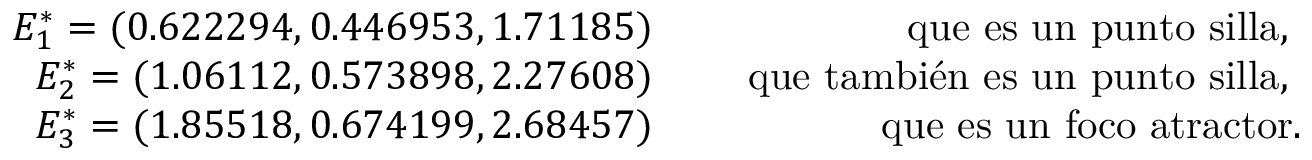
\begin{array} { r l r } { E _ { 1 } ^ { * } = ( 0 . 6 2 2 2 9 4 , 0 . 4 4 6 9 5 3 , 1 . 7 1 1 8 5 ) } & { } & { \mathrm { ~ q u e ~ e s ~ u n ~ p u n t o ~ s i l l a , ~ } } \\ { E _ { 2 } ^ { * } = ( 1 . 0 6 1 1 2 , 0 . 5 7 3 8 9 8 , 2 . 2 7 6 0 8 ) } & { } & { \mathrm { ~ q u e ~ t a m b i é n ~ e s ~ u n ~ p u n t o ~ s i l l a , ~ } } \\ { E _ { 3 } ^ { * } = ( 1 . 8 5 5 1 8 , 0 . 6 7 4 1 9 9 , 2 . 6 8 4 5 7 ) } & { } & { \mathrm { q u e ~ e s ~ u n ~ f o c o ~ a t r a c t o r . } } \end{array}